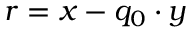
r = x - q _ { 0 } \cdot y